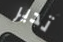
تدير